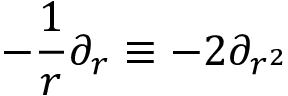
- \frac { 1 } { r } \partial _ { r } \equiv - 2 \partial _ { r ^ { 2 } }